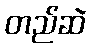
တည်ဆဲ